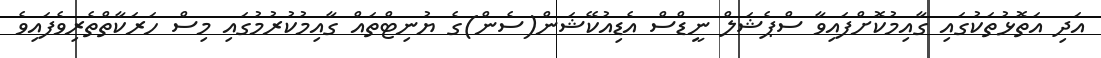
އަދި އަތޮޅުތަކުގައި ގާއިމުކޮށްފައިވާ ސްޕެޝަލް ނީޑްސް އެޑިއުކޭޝަން(ސެން)ގެ ޔުނިޓްތައް ގާއިމުކުރުމުގައި މިސް ހަރަކާތްތެރިވެފައިވެ